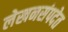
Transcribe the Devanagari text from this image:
लेखनसंपदेत